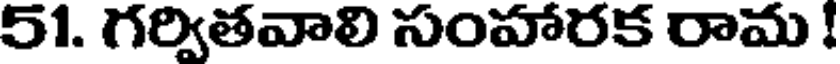
51. గర్వితవాలి సంహారక రామ !